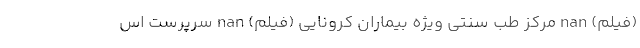
(فیلم) nan مرکز طب سنتی ویژه بیماران کرونایی (فیلم) nan سرپرست اس